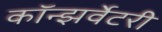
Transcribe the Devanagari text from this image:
कॉन्झर्वेटरी